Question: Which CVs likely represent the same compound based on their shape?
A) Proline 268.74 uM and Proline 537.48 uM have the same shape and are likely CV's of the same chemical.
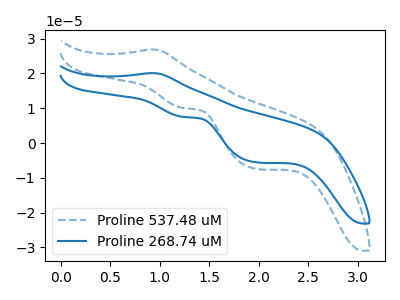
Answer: <think>The blue dashed curve "Proline 537.48 uM" has an anodic peak at (0.90V, 26.90uA) and cathodic peaks at (1.25V, 10.05uA) (1.95V, -7.40uA). The blue curve "Proline 268.74 uM" has an anodic peak at (0.90V, 20.10uA) and cathodic peaks at (1.25V, 7.55uA) (1.95V, -5.50uA).
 All the peaks in "Proline 537.48 uM" have a peak in "Proline 268.74 uM" at the same potential.</think>
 <answer>A) "Proline 268.74 uM" and "Proline 537.48 uM" have the same shape and are likely CV's of the same chemical.</answer>
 <eval>A</eval>